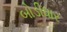
બોડીધાર